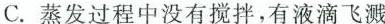
C.蒸发过程中没有搅拌，有液滴飞溅